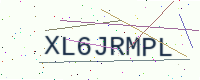
Text: XL6JRMPL